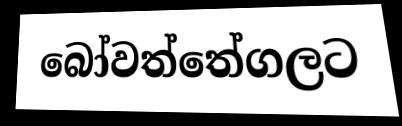
බෝවත්තේගලට